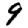
Digit: 9